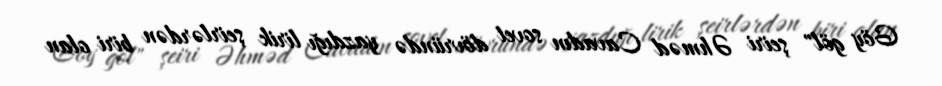
Göy göl" şeiri Əhməd Cavadın sovet dövründə yazdığı lirik şeirlərdən biri olan